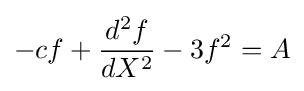
-cf+{\frac {d^{2}f}{dX^{2}}}-3f^{2}=A